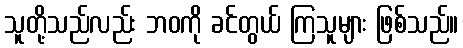
သူတို့သည်လည်း ဘဝကို ခင်တွယ် ကြသူများ ဖြစ်သည်။